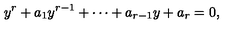
y ^ { r } + a _ { 1 } y ^ { r - 1 } + \cdots + a _ { r - 1 } y + a _ { r } = 0 ,